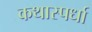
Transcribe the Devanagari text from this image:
कथास्पर्धा